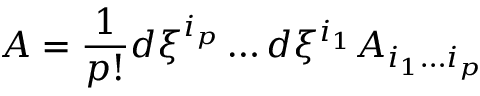
A = { \frac { 1 } { p ! } } d \xi ^ { i _ { p } } \dots d \xi ^ { i _ { 1 } } A _ { i _ { 1 } \dots i _ { p } }